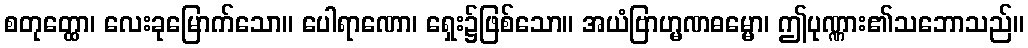
စတုတ္ထော၊ လေးခုမြောက်သော။ ပေါရာဏော၊ ရှေး၌ဖြစ်သော။ အယံဗြာဟ္မဏဓမ္မော၊ ဤပုဏ္ဏား၏သဘောသည်။